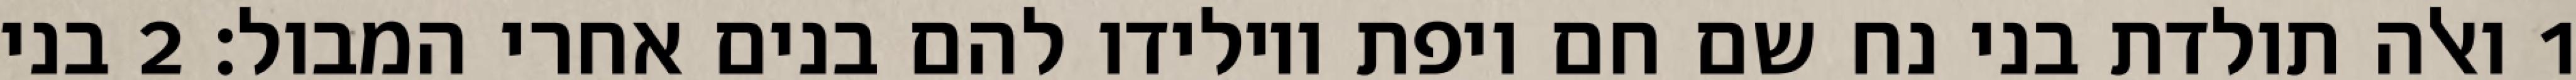
1 ואלה תולדת בני נח שם חם ויפת ויולידו להם בנים אחרי המבול׃ ‎2‏ בני